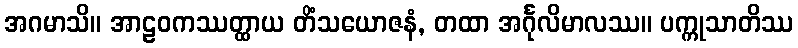
အဂမာသိ။ အာဠဝကဿတ္ထာယ တိံသယောဇနံ, တထာ အင်္ဂုလိမာလဿ။ ပက္ကုသာတိဿ